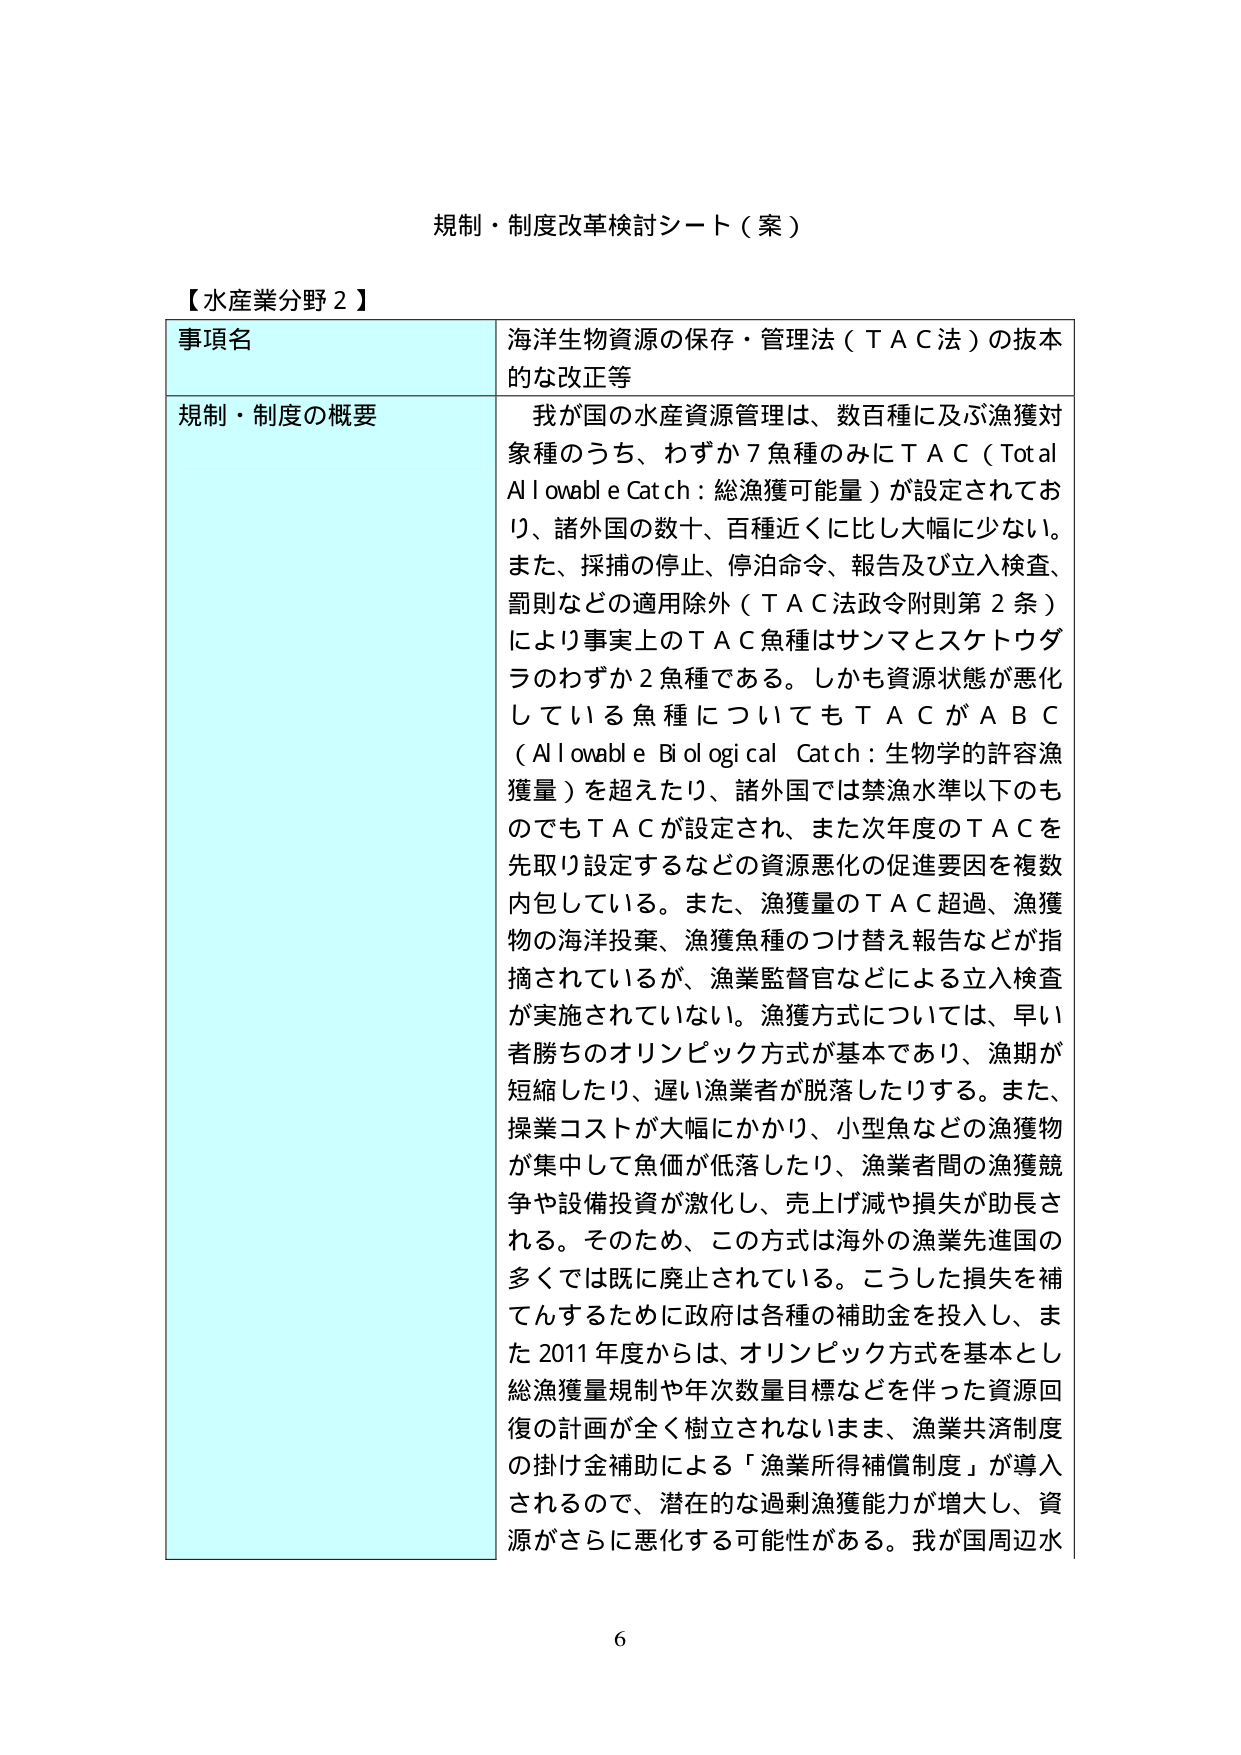
規制・制度改革検討シート（案）

【水産業分野２】

事項名　海洋生物資源の保存・管理法（ＴＡＣ法）の抜本的な改正等

規制・制度の概要　我が国の水産資源管理は、数百種に及ぶ漁獲対象種のうち、わずか７魚種のみにＴＡＣ（Total Allowable Catch：総漁獲可能量）が設定されており、諸外国の数十、百種近くに比し大幅に少ない。また、採捕の停止、停泊命令、報告及び立入検査、罰則などの適用除外（ＴＡＣ法政令附則第２条）により事実上のＴＡＣ魚種はサンマとスケトウダラのわずか２魚種である。しかも資源状態が悪化している魚種についてもＴＡＣがＡＢＣ（Allowable Biological Catch：生物学的許容漁獲量）を超えたり、諸外国では禁漁水準以下のものでもＴＡＣが設定され、また次年度のＴＡＣを先取り設定するなどの資源悪化の促進要因を複数内包している。また、漁獲量のＴＡＣ超過、漁獲物の海洋投棄、漁獲魚種のつけ替え報告などが指摘されているが、漁業監督官などによる立入検査が実施されていない。漁獲方式については、早い者勝ちのオリンピック方式が基本であり、漁期が短縮したり、遅い漁業者が脱落したりする。また、操業コストが大幅にかかり、小型魚などの漁獲物が集中して魚価が低落したり、漁業者間の漁獲競争や設備投資が激化し、売上げ減や損失が助長される。そのため、この方式は海外の漁業先進国の多くでは既に廃止されている。こうした損失を補てんするために政府は各種の補助金を投入し、また2011年度からは、オリンピック方式を基本とし総漁獲量規制や年次数量目標などを伴った資源回復の計画が全く樹立されないまま、漁業共済制度の掛け金補助による「漁業所得補償制度」が導入されるので、潜在的な過剰漁獲能力が増大し、資源がさらに悪化する可能性がある。我が国周辺水

6